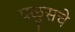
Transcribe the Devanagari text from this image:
पळुसचे